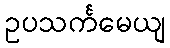
ဥပသင်္ကမေယျ